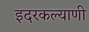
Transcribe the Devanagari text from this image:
इदरकल्याणी